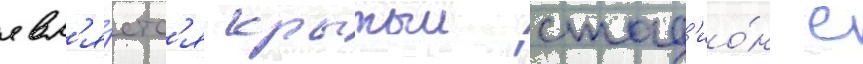
явл'я́етс'я крытыи стад'ио́н с